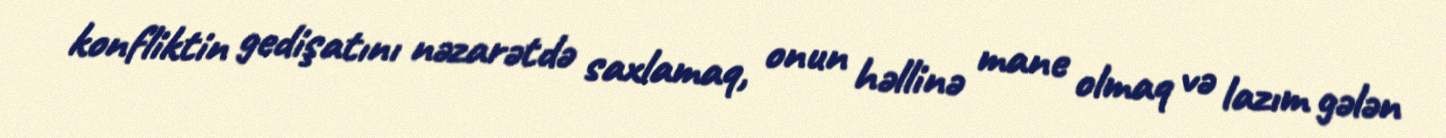
konfliktin gedişatını nəzarətdə saxlamaq, onun həllinə mane olmaq və lazım gələn